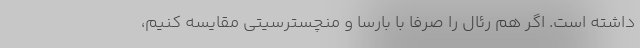
داشته است. اگر هم رئال را صرفا با بارسا و منچسترسیتی مقایسه کنیم،